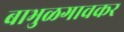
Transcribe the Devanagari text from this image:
बाभुळगावकर